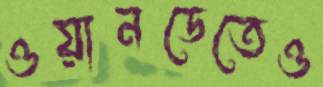
ওয়ানডেতেও